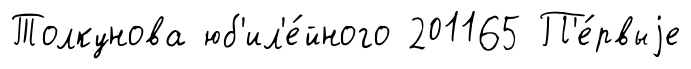
Толкунова юб'ил'е́йного 201165 П'е́рвыjе